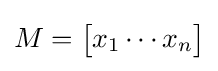
M={\begin{bmatrix}x_{1}\cdots x_{n}\end{bmatrix}}